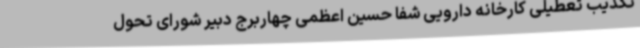
تکذیب تعطیلی کارخانه دارویی شفا حسین اعظمی چهاربرج دبیر شورای تحول